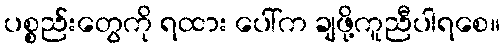
ပစ္စည်းတွေကို ရထား ပေါ်က ချဖို့ကူညီပါရစေ။